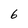
Character: 6